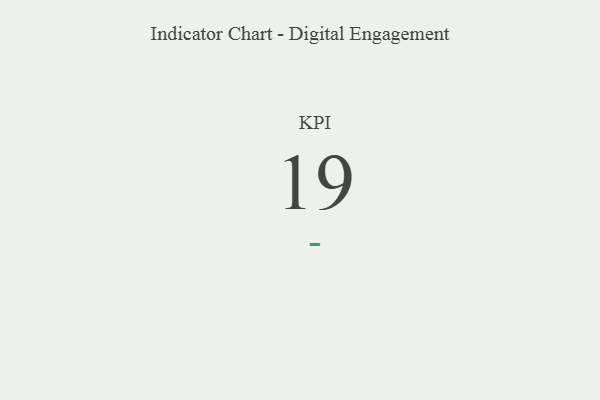
{"axis": {"x": "KPI", "y": "Value"}, "legend": [""], "data": [{"x": "KPI", "y": 19, "type": ""}]}